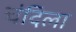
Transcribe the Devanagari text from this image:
चंदिला